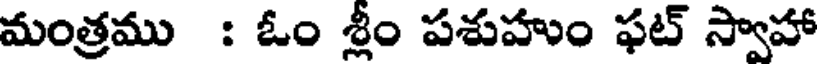
మంత్రము : ఓం శ్లీం పశుహుం ఫట్ స్వాహా